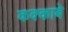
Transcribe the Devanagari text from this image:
कक्‍काबे